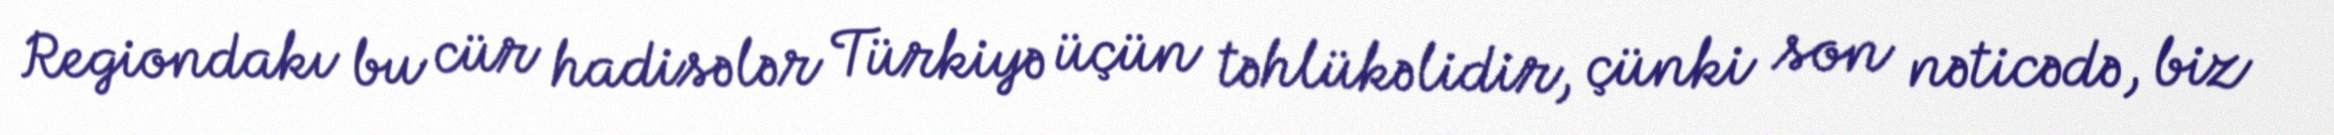
Regiondakı bu cür hadisələr Türkiyə üçün təhlükəlidir, çünki son nəticədə, biz